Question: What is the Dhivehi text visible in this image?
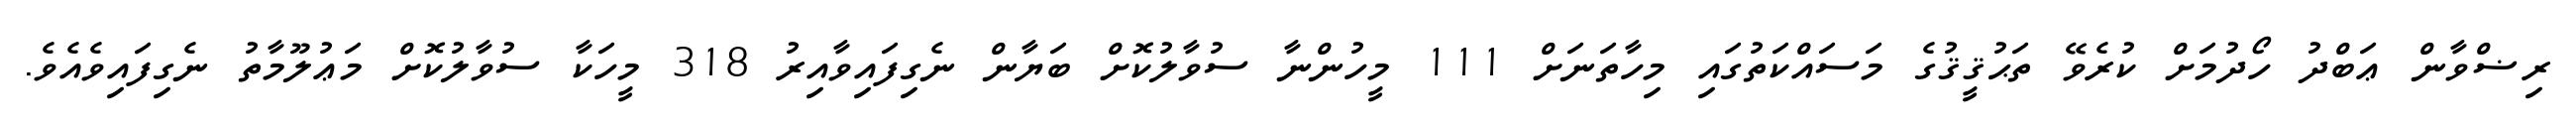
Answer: ރިޟްވާން ޢަބްދު ހޯދުމަށް ކުރެވޭ ތަޙުޤީޤުގެ މަސައްކަތުގައި މިހާތަނަށް 111 މީހުންނާ ސުވާލުކޮށް ބަޔާން ނެގިފައިވާއިރު 318 މީހަކާ ސުވާލުކޮށް މަޢުލޫމާތު ނެގިފައިވެއެވެ.